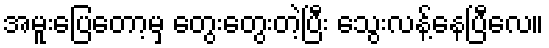
အမူးပြေတော့မှ တွေးတွေးတဲ့ပြီး သွေးလန့်နေပြီလေ။